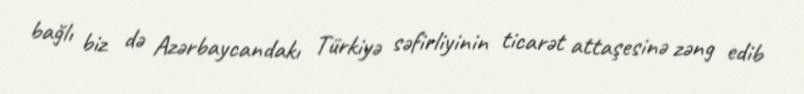
bağlı biz də Azərbaycandakı Türkiyə səfirliyinin ticarət attaşesinə zəng edib